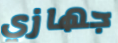
جهازي